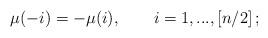
LaTeX: \begin{align*}\mu (-i)=-\mu (i),\quad\quad i=1,...,\left[ n/2\right];\end{align*}